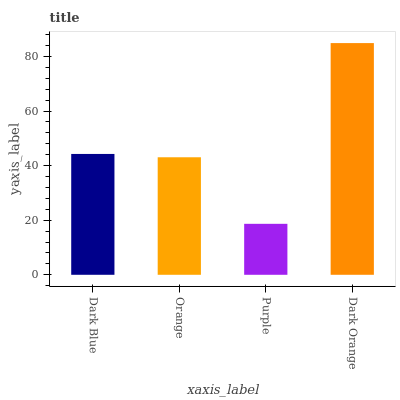
| xaxis_label | bars |
 | --- | --- |
 | Dark Blue | 44.3 |
 | Orange | 43.1 |
 | Purple | 18.7 |
 | Dark Orange | 84.9 |